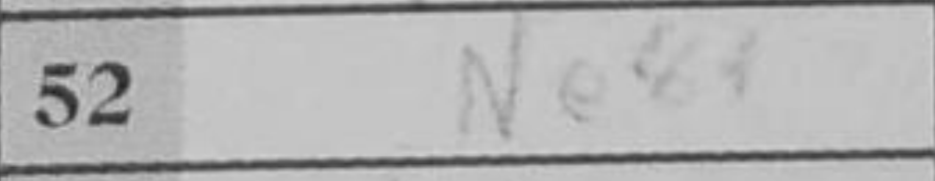
Transcription: Ne8+